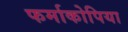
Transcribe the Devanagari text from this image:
फर्माकोपिया